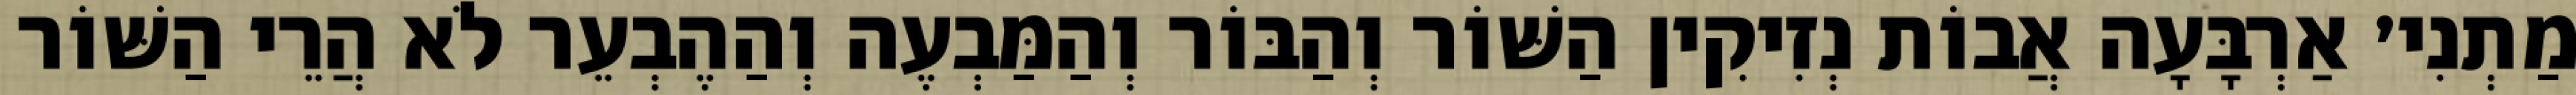
מַתְנִי׳ אַרְבָּעָה אֲבוֹת נְזִיקִין הַשּׁוֹר וְהַבּוֹר וְהַמַּבְעֶה וְהַהֶבְעֵר לֹא הֲרֵי הַשּׁוֹר